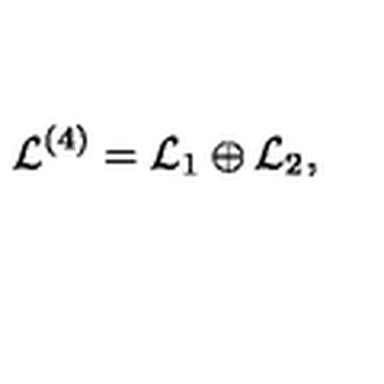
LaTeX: { \mathcal { L } } ^ { ( 4 ) } = { \mathcal { L } } _ { 1 } \oplus { \mathcal { L } } _ { 2 } ,